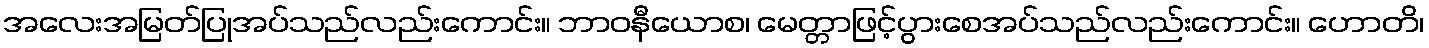
အလေးအမြတ်ပြုအပ်သည်လည်းကောင်း။ ဘာဝနီယောစ၊ မေတ္တာဖြင့်ပွားစေအပ်သည်လည်းကောင်း။ ဟောတိ၊